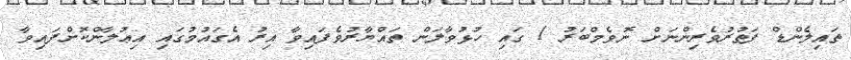
ތައިލެންޑް ފަތުރުވެރިންނަށް ނޮވެމްބަރު 1 ގައި ހުޅުވާލަން ތައްޔާރުވެފައިވާ އިރު އެގައުމުގައި އިޢުލާންކޮށްފައިވާ